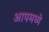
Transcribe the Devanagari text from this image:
आपमध्ये